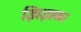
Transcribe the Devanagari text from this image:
झिझक।